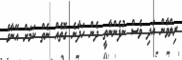
ރިލްވާން އަދި ވެސް ނުފެންނާތީ ދެން ހަދާނެ ގޮތެއް ނެތް ކަމަށް އޭނާގެ